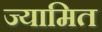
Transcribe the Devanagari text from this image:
ज्यामित